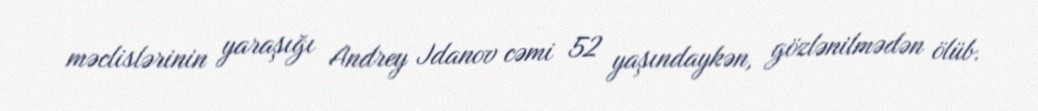
məclislərinin yaraşığı Andrey Jdanov cəmi 52 yaşındaykən, gözlənilmədən ölüb.